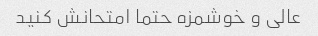
عالی و خوشمزه حتما امتحانش کنید